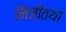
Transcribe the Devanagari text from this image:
निजीतथा